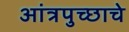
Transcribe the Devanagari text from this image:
आंत्रपुच्छाचे